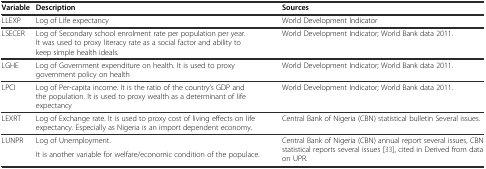
<table><thead><tr><td><b>Variable</b></td><td><b>Description</b></td><td><b>Sources</b></td></tr></thead><tbody><tr><td>LLEXP</td><td>Log of Life expectancy</td><td>World Development Indicator</td></tr><tr><td>LSECER</td><td>Log of Secondary school enrolment rate per population per year. It was used to proxy literacy rate as a social factor and ability to keep simple health ideals.</td><td>World Development Indicator; World Bank data 2011.</td></tr><tr><td>LGHE</td><td>Log of Government expenditure on health. It is used to proxy government policy on health</td><td>World Development Indicator; World Bank data 2011.</td></tr><tr><td>LPCI</td><td>Log of Per-capita income. It is the ratio of the country’s GDP and the population. It is used to proxy wealth as a determinant of life expectancy</td><td>World Development Indicator; World Bank data 2011.</td></tr><tr><td>LEXRT</td><td>Log of Exchange rate. It is used to proxy cost of living effects on life expectancy. Especially as Nigeria is an import dependent economy.</td><td>Central Bank of Nigeria (CBN) statistical bulletin Several issues.</td></tr><tr><td rowspan="2">LUNPR</td><td>Log of Unemployment.</td><td rowspan="2">Central Bank of Nigeria (CBN) annual report several issues, CBN statistical reports several issues [33], cited in Derived from data on UPR.</td></tr><tr><td>It is another variable for welfare/economic condition of the populace.</td></tr></tbody></table>